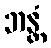
ဘန္တံ